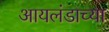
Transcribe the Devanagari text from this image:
आयलंडाच्या